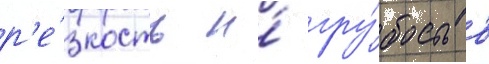
р'е́зкость и́ гру́бость в